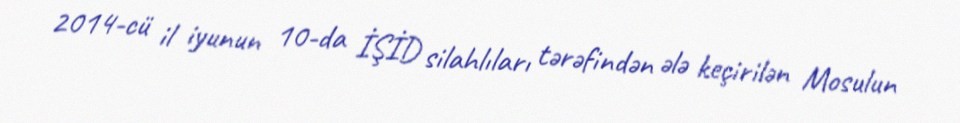
2014-cü il iyunun 10-da İŞİD silahlıları tərəfindən ələ keçirilən Mosulun